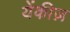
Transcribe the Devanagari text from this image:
येंकीज़